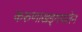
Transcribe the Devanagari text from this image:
करुणाखड्गपातेन